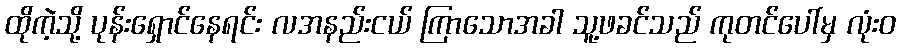
ထိုကဲ့သို့ ပုန်းရှောင်နေရင်း လအနည်းငယ် ကြာသောအခါ သူ့ဖခင်သည် ကုတင်ပေါ်မှ လုံးဝ